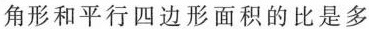
角形和平行四边形面积的比是多